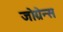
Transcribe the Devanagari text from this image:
जोग्रेन्स